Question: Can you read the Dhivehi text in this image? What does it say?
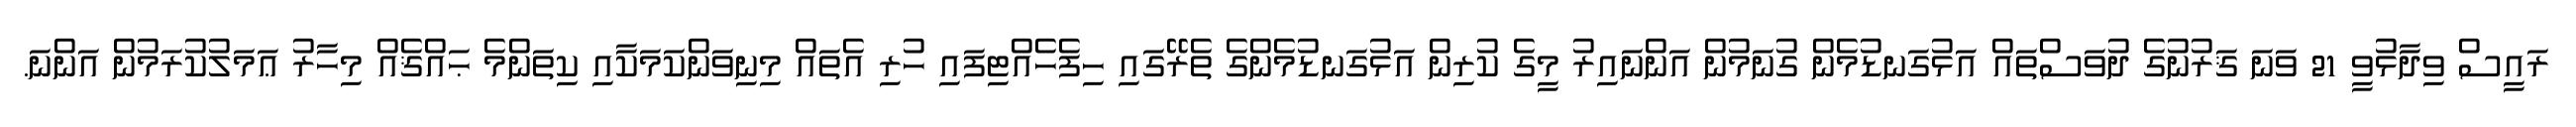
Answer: ރައީސް ވިދާޅުވީ 21 ވަނަ ޤަރުނުގެ ދުވަސްތައް އަޅުގަނޑުމެން ގުނަމުން އަންނައިރު މީގެ ކުރިން އަޅުގަނޑުމެންގެ ތެރޭގައި ހިފެހެއްޓިފައި ހުރި އެތައް މިނިވަންކަމަކާއި ކިތަންމެ ޙައްޤެއް މިހާރު ޢަމަލުކުރަމުން އަންނަ.